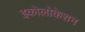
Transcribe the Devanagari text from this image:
इकोलोकेशन